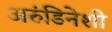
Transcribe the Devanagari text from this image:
अरुंडिनेशी